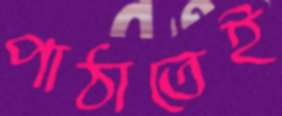
পাঠাতেই